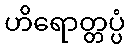
ဟိရောတ္တပ္ပံ